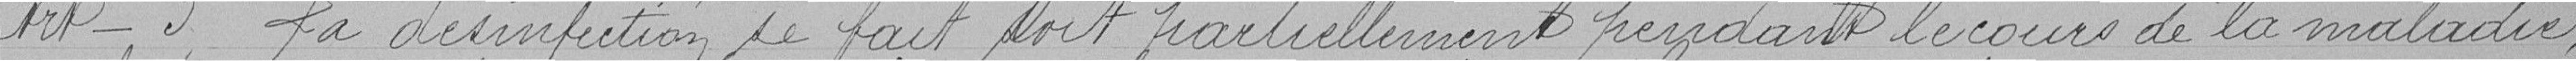
Article 3 - La désinfection se fait, soit partiellement pendant le cours de la maladie,